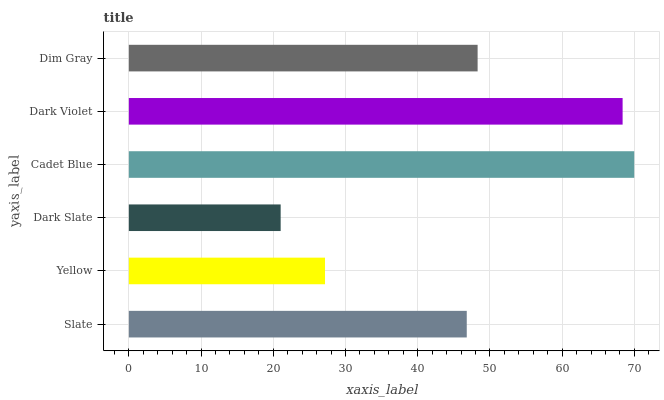
| yaxis_label | bars |
 | --- | --- |
 | Slate | 46.8 |
 | Yellow | 27.2 |
 | Dark Slate | 21 |
 | Cadet Blue | 70 |
 | Dark Violet | 68.4 |
 | Dim Gray | 48.3 |